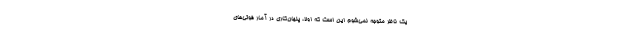
یک ناظر متوجه نمی‌شوم این است که اولاً، پنهان‌کاری در آمار فوتی‌های